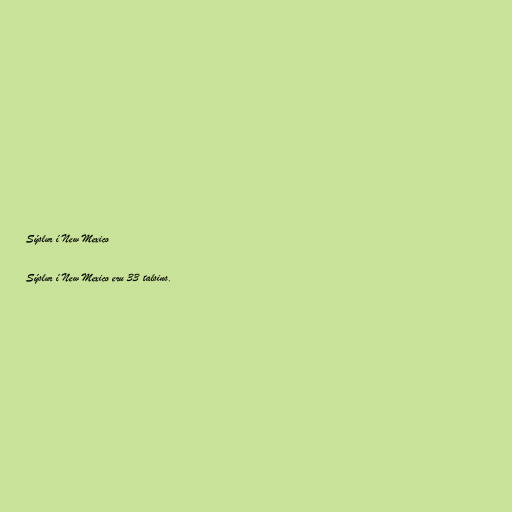
Sýslur í New Mexico

Sýslur í New Mexico eru 33 talsins.